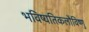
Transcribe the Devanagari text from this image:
भविष्यतिकलौविष्णु